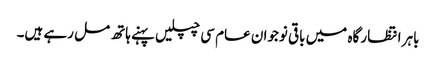
باہر انتظار گاہ میں باقی نوجوان عام سی چپلیں پہنے ہاتھ مل رہے ہیں۔